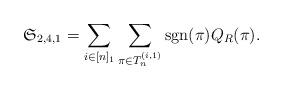
LaTeX: \begin{align*} \mathfrak{S}_{2,4,1} = \sum_{i\in [n]_1} \sum_{\pi \in T_n^{(i,1)}} \mathrm{sgn}(\pi) Q_R(\pi).\end{align*}